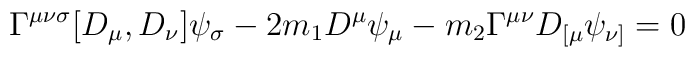
\Gamma^{\mu\nu\sigma}[D_\mu,D_\nu]\psi_\sigma - 2m_1 D^\mu \psi_\mu -	 m_2 \Gamma^{\mu\nu}D_{[\mu}\psi_{\nu]}=0